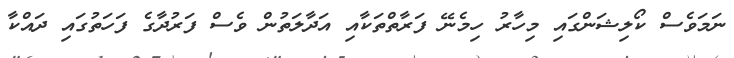
ނަމަވެސް ކޯލިޝަންގައި މިހާރު ހިމެނޭ ފަރާތްތަކާއި އަދާލަތުން ވެސް ފަރުދާގެ ފަހަތުގައި ދައްކާ